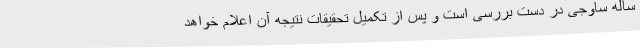
ساله ساوجی در دست بررسی است و پس از تکمیل تحقیقات نتیجه آن اعلام خواهد